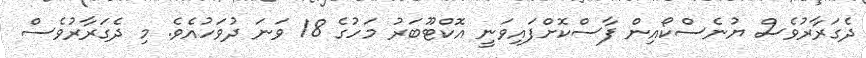
ދެގަރާރުވެސް ޔުނެސްކޯއިން ފާސްކޮށްފައިވަނީ އޮކްޓޫބަރު މަހުގެ 18 ވަނަ ދުވަހުއެވެ. މި ދެގަރާރުވެސް